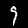
Label: 9